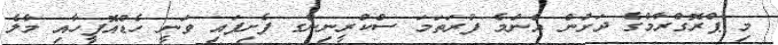
މި ޕްރޮގްރާމްގެ ދަށުން އެންމެ ފުރަތަމަ ސްކްރީނިންގ ފެށިފައި ވަނީ ހެޑްއޮފީހާއިި މާލެ